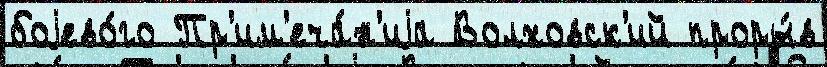
боjево́го Пр'им'еча́н'иjа Волховск'ий проры́в